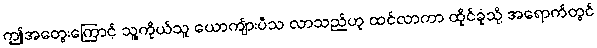
ဤအတွေးကြောင့် သူ့ကိုယ်သူ ယောကျ်ားပီသ လာသည်ဟု ထင်လာကာ ထိုင်ခုံသို့ အရောက်တွင်